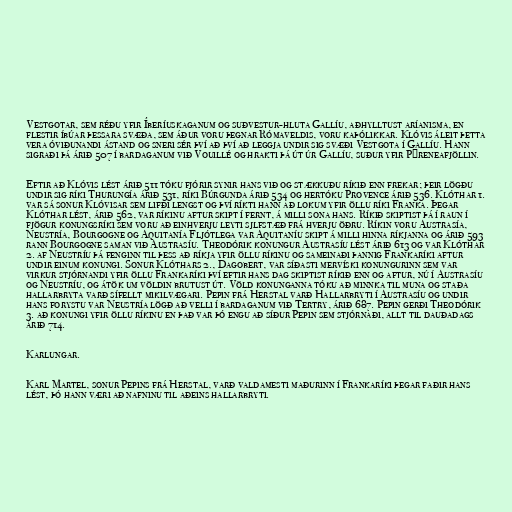
Vestgotar, sem réðu yfir Íberíuskaganum og suðvestur-hluta Gallíu, aðhylltust aríanisma, en
flestir íbúar þessara svæða, sem áður voru þegnar Rómaveldis, voru kaþólikkar. Klóvis áleit þetta
vera óviðunandi ástand og sneri sér því að því að leggja undir sig svæði Vestgota í Gallíu. Hann
sigraði þá árið 507 í bardaganum við Vouillé og hrakti þá út úr Gallíu, suður yfir Pýreneafjöllin.

Eftir að Klóvis lést árið 511 tóku fjórir synir hans við og stækkuðu ríkið enn frekar; þeir lögðu
undir sig ríki Thurungía árið 531, ríki Búrgunda árið 534 og hertóku Provence árið 536. Klóthar 1.
var sá sonur Klóvisar sem lifði lengst og því ríkti hann að lokum yfir öllu ríki Franka. Þegar
Klóthar lést, árið 562, var ríkinu aftur skipt í fernt, á milli sona hans. Ríkið skiptist þá í raun í
fjögur konungsríki sem voru að einhverju leyti sjlfstæð frá hverju öðru. Ríkin voru Austrasía,
Neustría, Bourgogne og Aquitanía Fljótlega var Aquitaníu skipt á milli hinna ríkjanna og árið 593
rann Bourgogne saman við Austrasíu. Theodórik konungur Austrasíu lést árið 613 og var Klóthar
2. af Neustríu þá fenginn til þess að ríkja yfir öllu ríkinu og sameinaði þannig Frankaríki aftur
undir einum konungi. Sonur Klóthars 2., Dagobert, var síðasti mervíski konungurinn sem var
virkur stjórnandi yfir öllu Frankaríki því eftir hans dag skiptist ríkið enn og aftur, nú í Austrasíu
og Neustríu, og átök um völdin brutust út. Völd konunganna tóku að minnka til muna og staða
hallarbryta varð sífellt mikilvægari. Pepin frá Herstal varð Hallarbryti í Austrasíu og undir
hans forystu var Neustría lögð að velli í bardaganum við Tertry, árið 687. Pepin gerði Theodórik
3. að konungi yfir öllu ríkinu en það var þó engu að síður Pepin sem stjórnaði, allt til dauðadags
árið 714.

Karlungar.

Karl Martel, sonur Pepins frá Herstal, varð valdamesti maðurinn í Frankaríki þegar faðir hans
lést, þó hann væri að nafninu til aðeins hallarbryti.